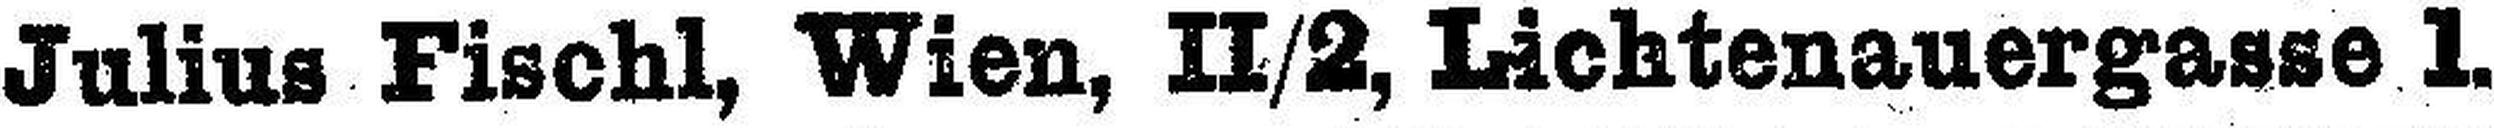
Julius Fischl, Wien, II/2, Lichtenauergasse 1.